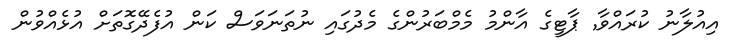
އިއުލާނު ކުރައްވާ